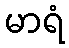
မာရံ